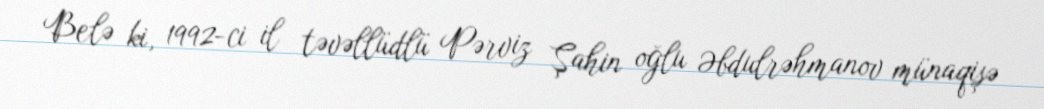
Belə ki, 1992-ci il təvəllüdlü Pərviz Şahin oğlu Əbdulrəhmanov münaqişə